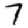
Digit: 7